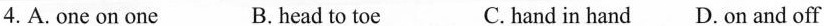
4.A.one on one B.head to toe C.hand in hand D.on and off